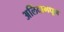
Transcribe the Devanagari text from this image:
अलिंदामधून